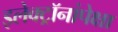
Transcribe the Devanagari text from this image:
इलेक्ट्रॉनांपेक्षा